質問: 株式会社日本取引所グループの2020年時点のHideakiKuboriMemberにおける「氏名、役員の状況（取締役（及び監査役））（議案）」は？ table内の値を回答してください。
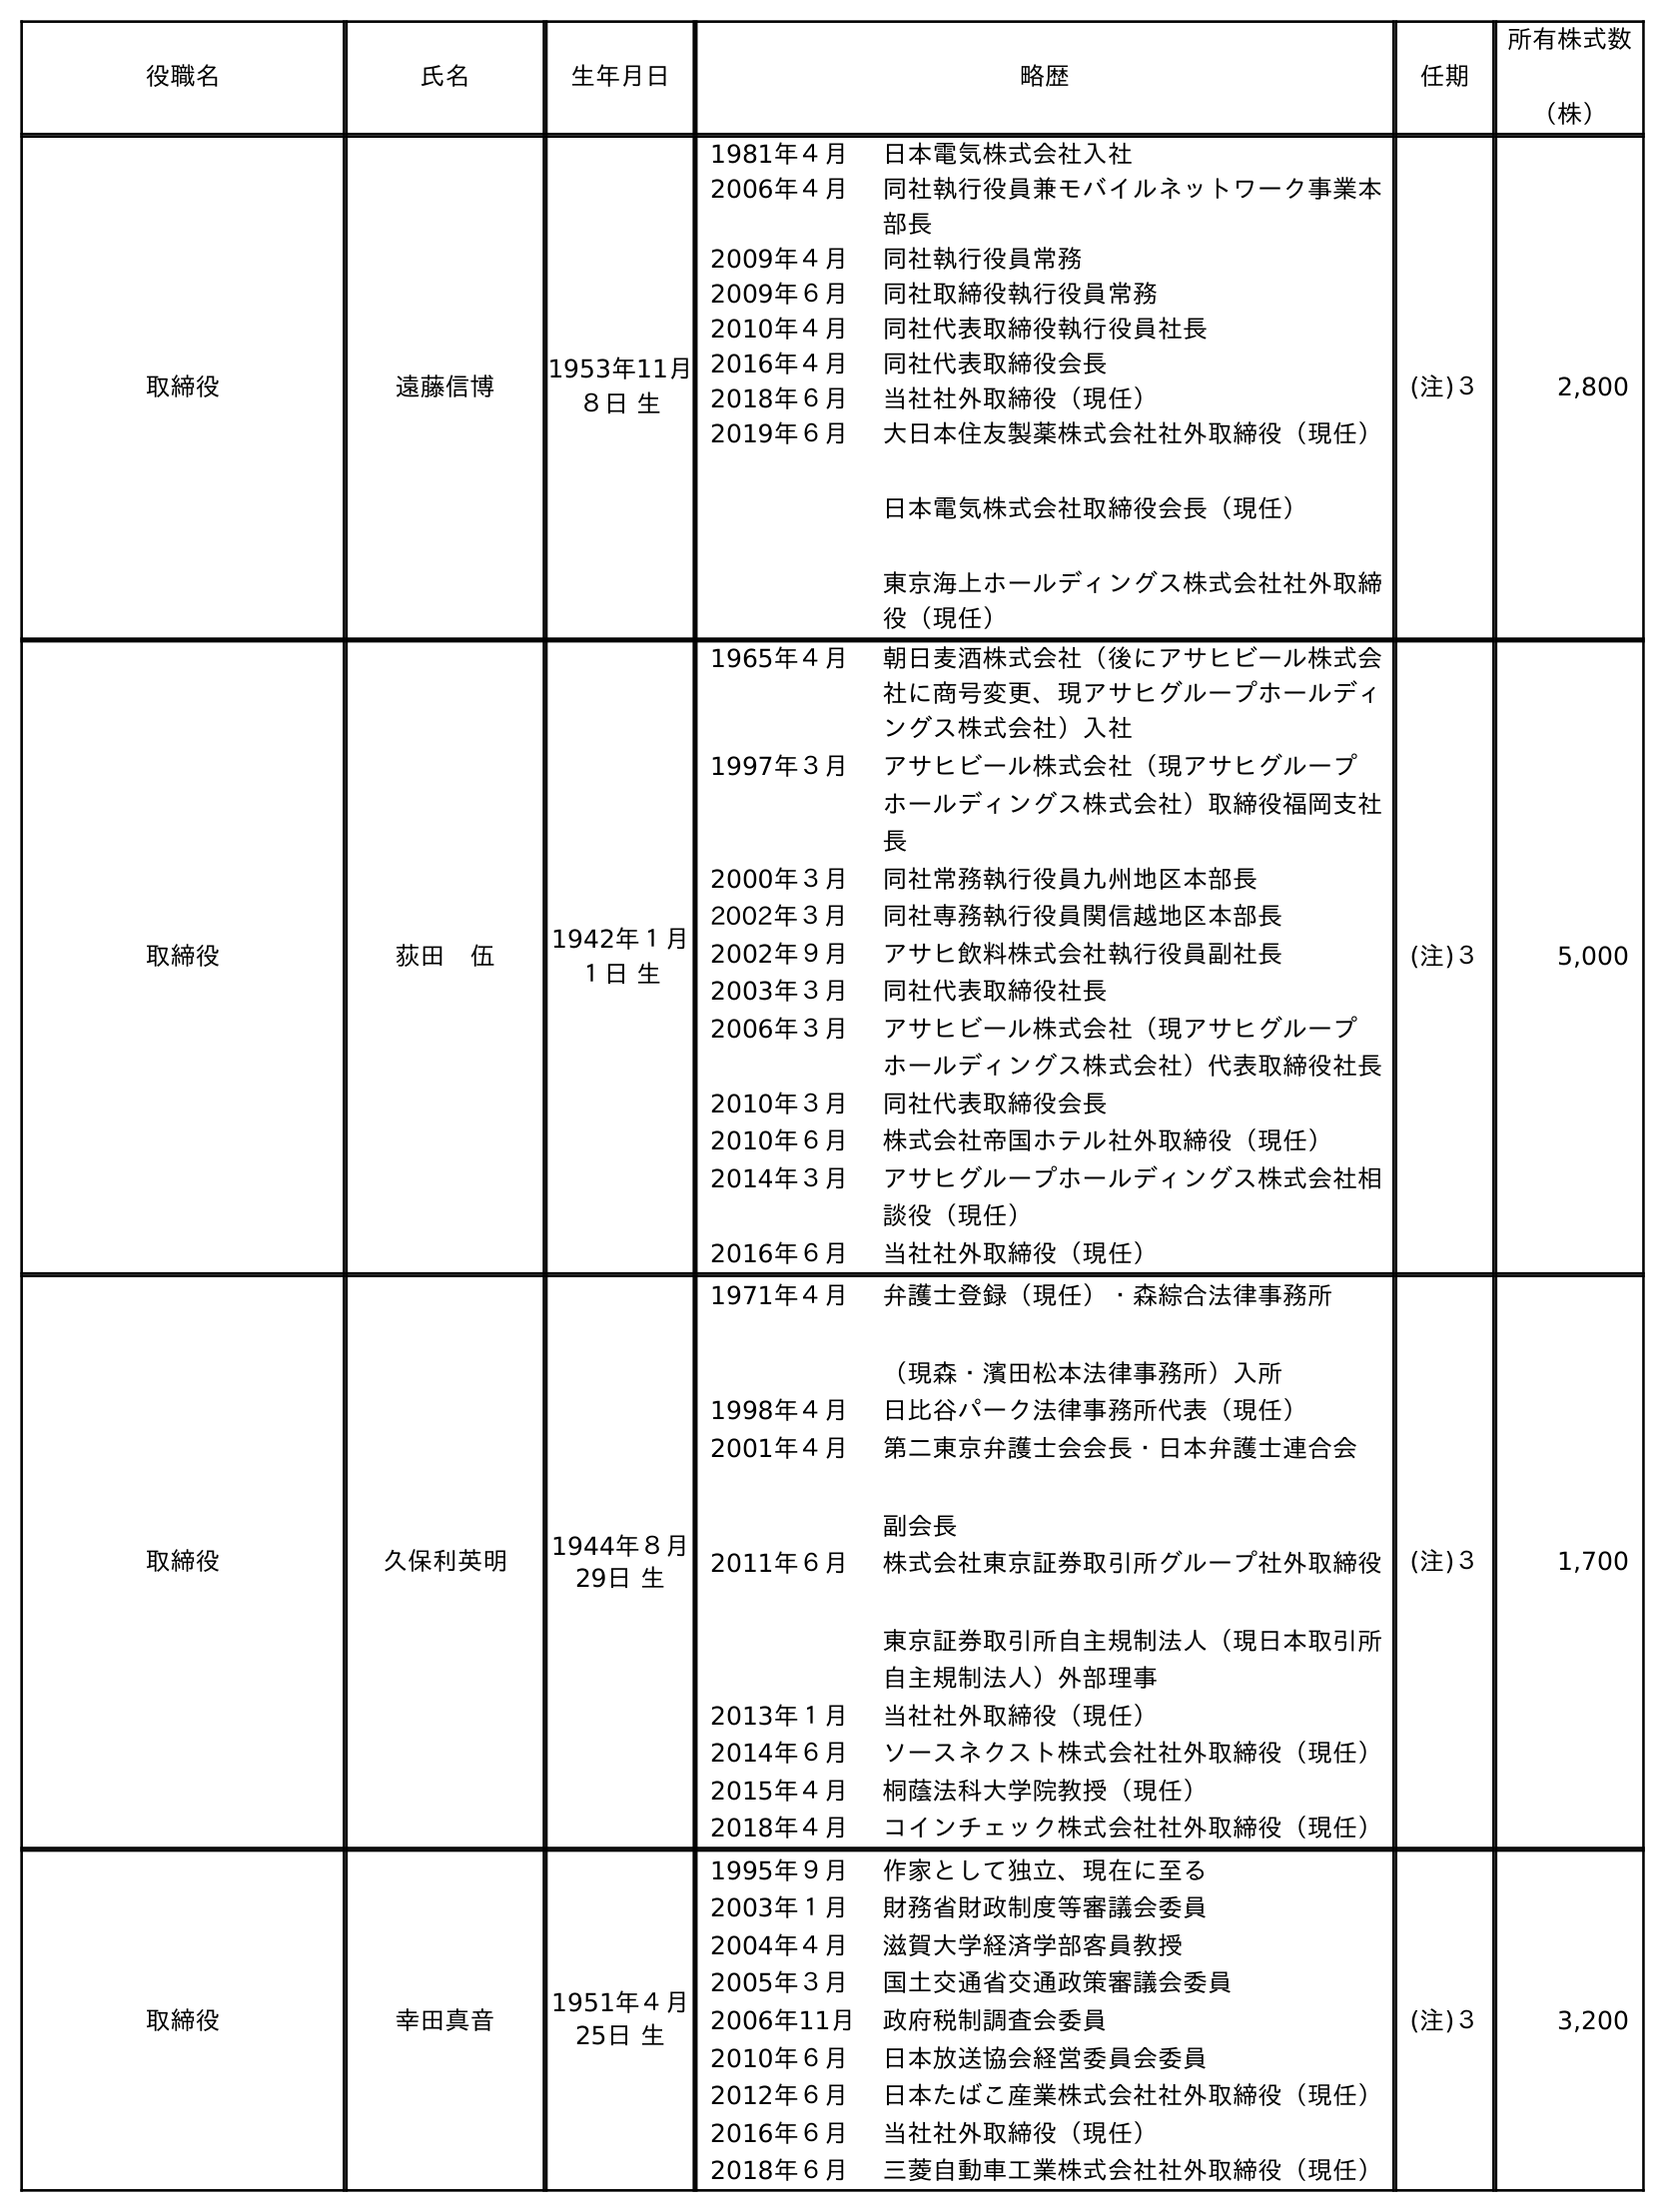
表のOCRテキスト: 役職名 氏名 生年月日 略歴 任期 所有株式数 （株） 取締役 遠藤信博 1953年11月 ８日 生 1981年４月 日本電気株式会社入社 2006年４月 同社執行役員兼モバイルネットワーク事業本 部長 2009年４月 同社執行役員常務 2009年６月 同社取締役執行役員常務 2010年４月 同社代表取締役執行役員社長 2016年４月 同社代表取締役会長 2018年６月 当社社外取締役（現任） 2019年６月 大日本住友製薬株式会社社外取締役（現任） 日本電気株式会社取締役会長（現任） 東京海上ホールディングス株式会社社外取締 役（現任） (注)３ 2,800 取締役 荻田 伍 1942年１月 １日 生 1965年４月 朝日麦酒株式会社（後にアサヒビール株式会 社に商号変更、現アサヒグループホールディ ングス株式会社）入社 1997年３月 アサヒビール株式会社（現アサヒグループ ホールディングス株式会社）取締役福岡支社 長 2000年３月 同社常務執行役員九州地区本部長 2002年３月 同社専務執行役員関信越地区本部長 2002年９月 アサヒ飲料株式会社執行役員副社長 2003年３月 同社代表取締役社長 2006年３月 アサヒビール株式会社（現アサヒグループ ホールディングス株式会社）代表取締役社長 2010年３月 同社代表取締役会長 2010年６月 株式会社帝国ホテル社外取締役（現任） 2014年３月 アサヒグループホールディングス株式会社相 談役（現任） 2016年６月 当社社外取締役（現任） (注)３ 5,000 取締役 久保利英明 1944年８月 29日 生 1971年４月 弁護士登録（現任）・森綜合法律事務所 （現森・濱田松本法律事務所）入所 1998年４月 日比谷パーク法律事務所代表（現任） 2001年４月 第二東京弁護士会会長・日本弁護士連合会 副会長 2011年６月 株式会社東京証券取引所グループ社外取締役 東京証券取引所自主規制法人（現日本取引所 自主規制法人）外部理事 2013年１月 当社社外取締役（現任） 2014年６月 ソースネクスト株式会社社外取締役（現任） 2015年４月 桐蔭法科大学院教授（現任） 2018年４月 コインチェック株式会社社外取締役（現任） (注)３ 1,700 取締役 幸田真音 1951年４月 25日 生 1995年９月 作家として独立、現在に至る 2003年１月 財務省財政制度等審議会委員 2004年４月 滋賀大学経済学部客員教授 2005年３月 国土交通省交通政策審議会委員 2006年11月 政府税制調査会委員 2010年６月 日本放送協会経営委員会委員 2012年６月 日本たばこ産業株式会社社外取締役（現任） 2016年６月 当社社外取締役（現任） 2018年６月 三菱自動車工業株式会社社外取締役（現任） (注)３ 3,200
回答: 久保利英明